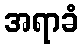
အရာခံ